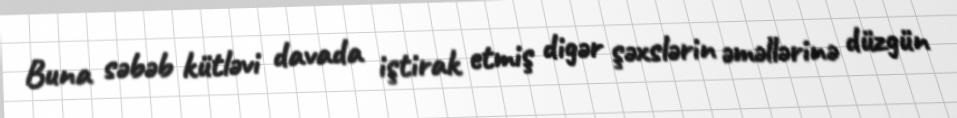
Buna səbəb kütləvi davada iştirak etmiş digər şəxslərin əməllərinə düzgün